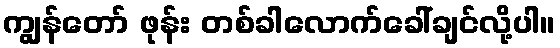
ကျွန်တော် ဖုန်း တစ်ခါလောက်ခေါ်ချင်လို့ပါ။